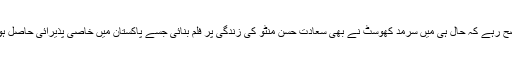
واضح رہے کہ حال ہی میں سرمد کھوسٹ نے بھی سعادت حسن منٹو کی زندگی پر فلم بنائی جسے پاکستان میں خاصی پذیرائی حاصل ہوئی۔